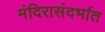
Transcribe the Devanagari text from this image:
मंदिरासंदर्भात